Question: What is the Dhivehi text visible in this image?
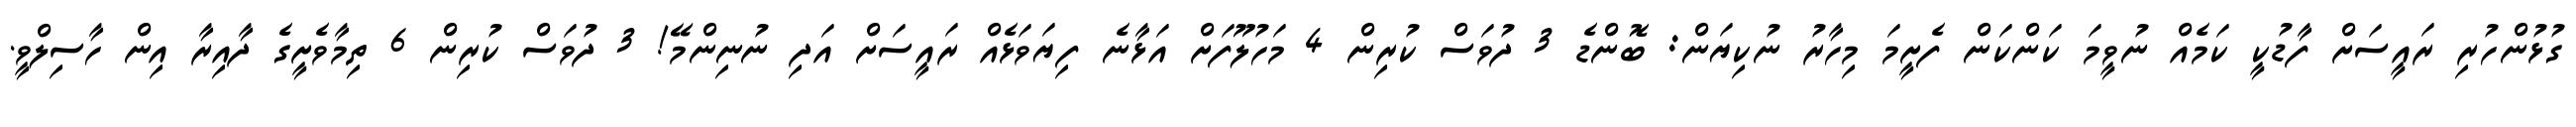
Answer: ގުޅުންހުރި ރައީސަށް ފާޑުކީ ކަމެއް ނުވީމަ ކަންކަން ފެށީމަ މިހާރު ނުކިޔަން: ބޮންޑެ 3 ދުވަސް ކުރިން 4 މަހުލޫފަށް އަޅާނެ ފިޔަވަޅެއް ރައީސަށް އަދި ނުނިންމޭ! 3 ދުވަސް ކުރިން 6 ތިމާވެށީގެ ދާއިރާ އިން ހާސިލްވީ.